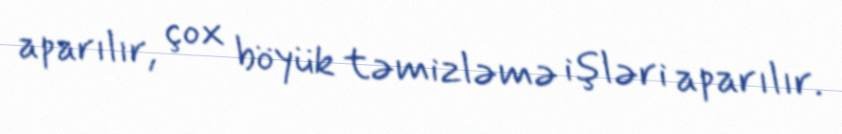
aparılır, çox böyük təmizləmə işləri aparılır.